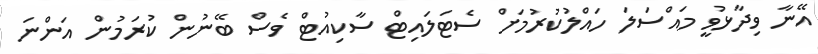
އޭނާ ވިދާޅުވީ މައްސަލަ ހައްލުކުރުމަށް ސެޓަލައިޓް ސާކިއުޓް ވެސް ބޭނުން ކުރަމުން އަންނަ